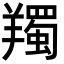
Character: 𦏕